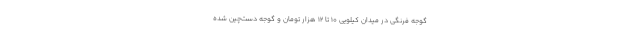
گوجه فرنگی در میدان کیلویی 10 تا 12 هزار تومان و گوجه دست‌چین شده